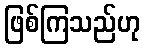
ဖြစ်ကြသည်ဟု